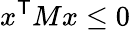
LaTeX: x^{\textsf{T}}Mx\leq 0